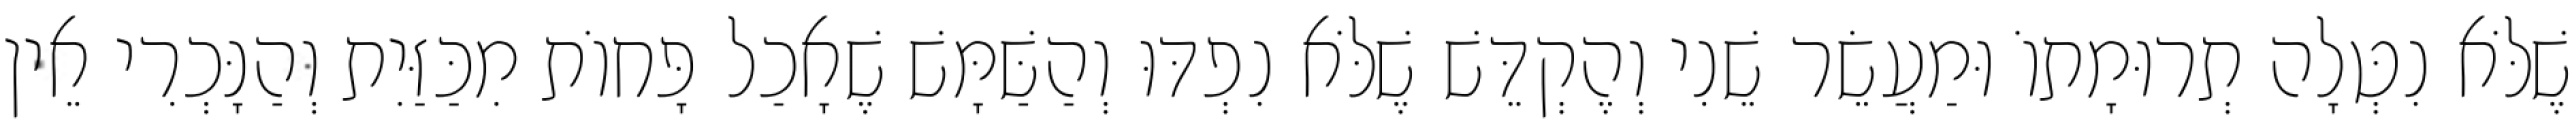
שֶׁלֹּא נִטְּלָה תְרוּמָתוֹ וּמַעֲשֵׂר שֵׁנִי וְהֶקְדֵּשׁ שֶׁלֹּא נִפְדּוּ וְהַשַּׁמָּשׁ שֶׁאָכַל פָּחוֹת מִכַּזַּיִת וְהַנָּכְרִי אֵין